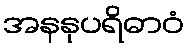
အနနုပရိဓာဝံ